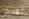
أفتش